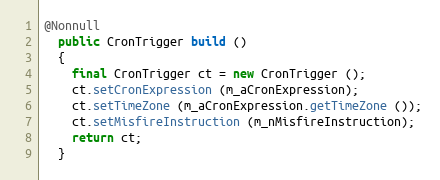
Language: Java
@Nonnull
  public CronTrigger build ()
  {
    final CronTrigger ct = new CronTrigger ();
    ct.setCronExpression (m_aCronExpression);
    ct.setTimeZone (m_aCronExpression.getTimeZone ());
    ct.setMisfireInstruction (m_nMisfireInstruction);
    return ct;
  }